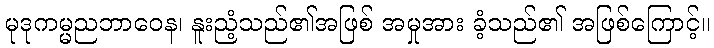
မုဒုကမ္မညဘာဝေန၊ နူးညံ့သည်၏အဖြစ် အမှုအား ခံ့သည်၏ အဖြစ်ကြောင့်။